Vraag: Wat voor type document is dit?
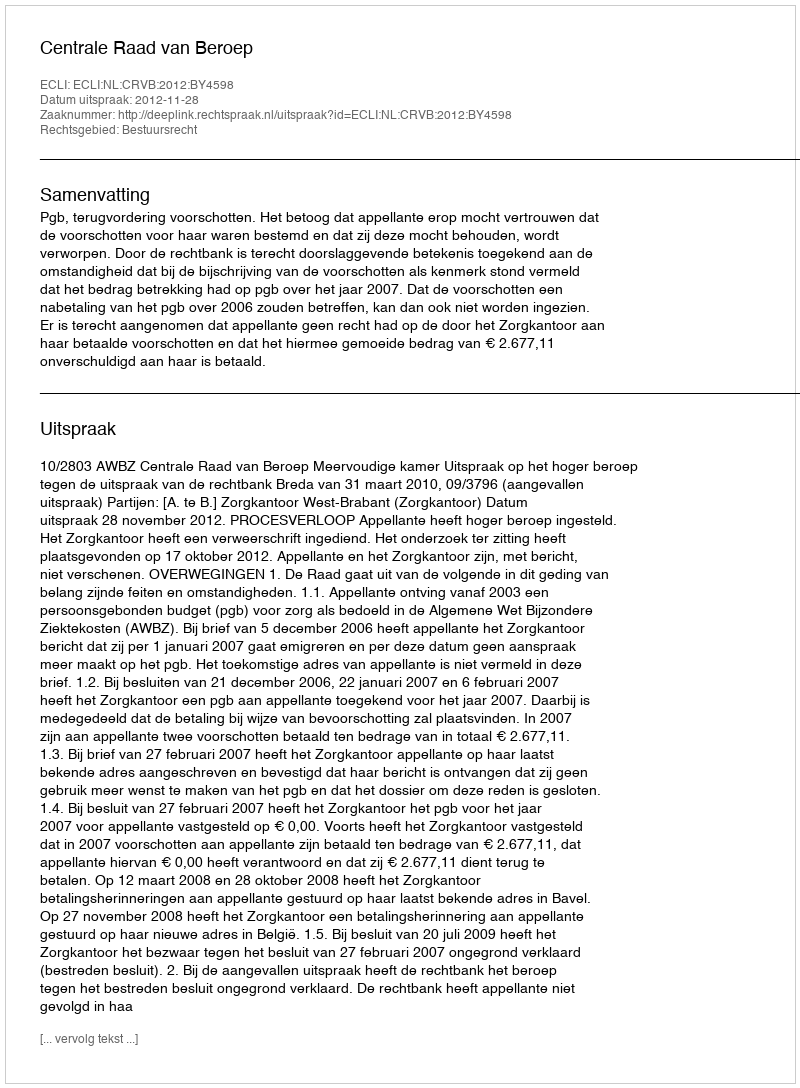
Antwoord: Uitspraak